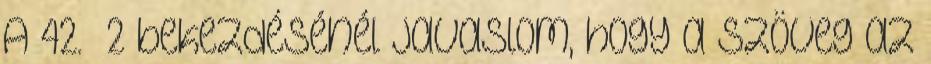
A 42.§ 2 bekezdésénél javaslom, hogy a szöveg az